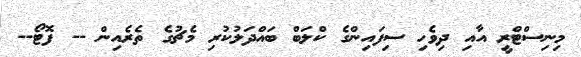
މިނިސްޓްރީ އާއި ދިވެހި ސިފައިންގެ ކްލަބް ބައްދަލުކުރި މެޗުގެ ތެރެއިން -- ފޮޓޯ--